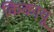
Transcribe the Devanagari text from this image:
किकायू